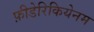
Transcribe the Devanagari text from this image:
फ़ीडेरिकियेनम